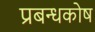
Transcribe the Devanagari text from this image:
प्रबन्धकोष